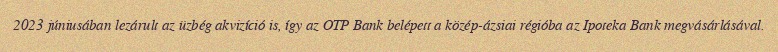
2023 júniusában lezárult az üzbég akvizíció is, így az OTP Bank belépett a közép-ázsiai régióba az Ipoteka Bank megvásárlásával.